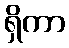
ရှိကာ